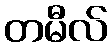
တမီလ်